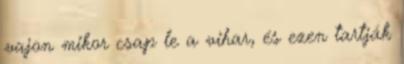
vajon mikor csap le a vihar, és ezen tartják